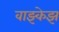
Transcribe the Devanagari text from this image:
वाझ्केझ